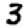
Digit: 3